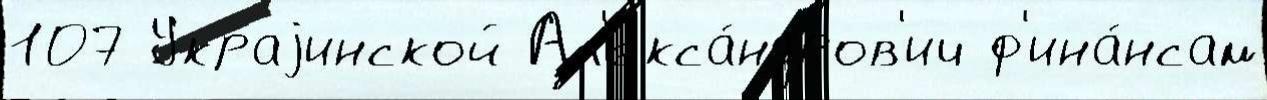
107 Украjинской Ал'екса́ндров'ич ф'ина́нсам